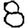
Digit: 8